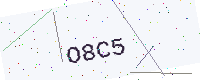
Text: O8C5